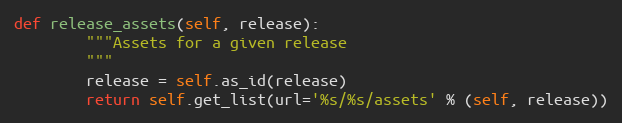
Language: Python
def release_assets(self, release):
        """Assets for a given release
        """
        release = self.as_id(release)
        return self.get_list(url='%s/%s/assets' % (self, release))